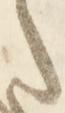
た